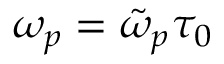
\omega _ { p } = \tilde { \omega } _ { p } \tau _ { 0 }